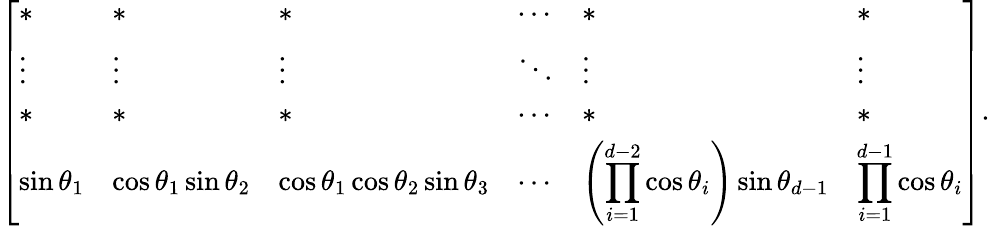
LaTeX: \left[\begin{array}{llllll}{*}&{*}&{*}&{\cdots}&{*}&{*}\\ {\vdots}&{\vdots}&{\vdots}&{\ddots}&{\vdots}&{\vdots}\\ {*}&{*}&{*}&{\cdots}&{*}&{*}\\ {\sin\theta_{1}}&{\cos\theta_{1}\sin\theta_{2}}&{\cos\theta_{1}\cos\theta_{2}\sin\theta_{3}}&{\cdots}&{\displaystyle\left(\prod_{i=1}^{d-2}\cos\theta_{i}\right)\sin\theta_{d-1}}&{\displaystyle\prod_{i=1}^{d-1}\cos\theta_{i}}\end{array}\right].